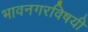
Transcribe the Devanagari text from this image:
भावनगरविषयी